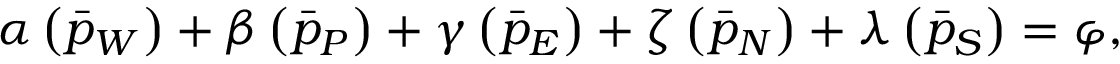
\begin{array} { r } { \boldsymbol { \alpha } \left( \Bar { p } _ { W } \right) + \boldsymbol { \beta } \left( \Bar { p } _ { P } \right) + \boldsymbol { \gamma } \left( \Bar { p } _ { E } \right) + \boldsymbol { \zeta } \left( \Bar { p } _ { N } \right) + \boldsymbol { \lambda } \left( \Bar { p } _ { S } \right) = \boldsymbol { \varphi } , } \end{array}